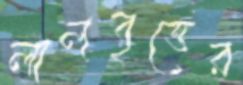
লালবৃত্তের